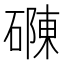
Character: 𮁂